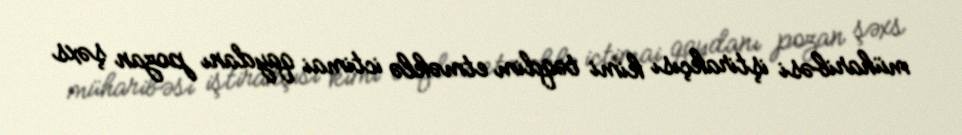
müharibəsi iştirakçısı kimi təqdim etməklə ictimai qaydanı pozan şəxs